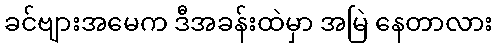
ခင်ဗျားအမေက ဒီအခန်းထဲမှာ အမြဲ နေတာလား